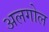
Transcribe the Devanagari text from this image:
अलगोल